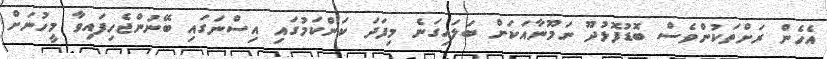
އެހެން ރަށްތަކުންވެސް ބޮޑުފޮޅުދޫ ނަމޫނާއަކަށް ބަލައިގަނެ މިފަދަ ކަންކަމުގައި އިސްނަގައި ބޭނުންޖެހިފައިވާ މީހުނަށް